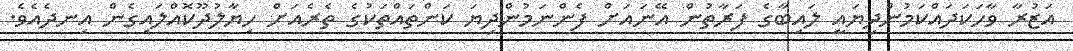
އަޒުރާ ވާހަކަދައްކަމުންދިޔައީ ލައިބާގެ ފަރާތުން އޭނައަށް ފެންނަމުންދިޔަ ކަންތައްތަކުގެ ތެރެއަށް ހިޔާލުދޫކޮއްލައިގެން އިނދެއެވެ.